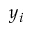
y _ { i }